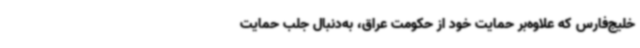
خلیج‌فارس که علاوه‌بر حمایت خود از حکومت عراق، به‌دنبال جلب حمایت